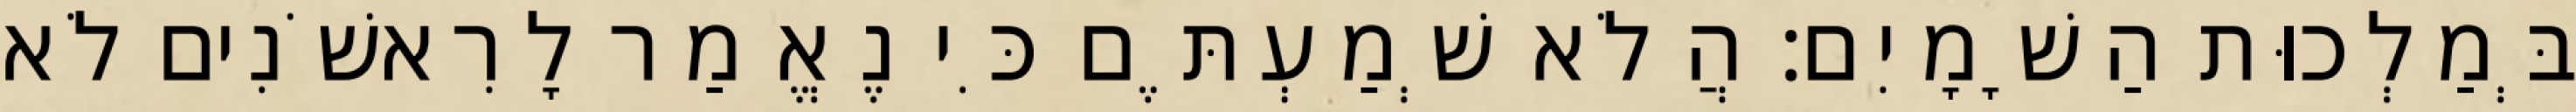
בְּמַלְכוּת הַשָׁמָיִם׃ הֲלֹא שְׁמַעְתֶּם כִּי נֶאֱמַר לָרִאשֹׁנִים לֹא